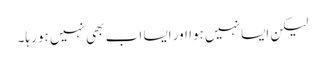
لیکن ایسا نہیں ہوا اور ایسا اب بھی نہیں ہو رہا۔